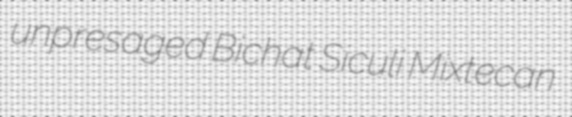
unpresaged Bichat Siculi Mixtecan